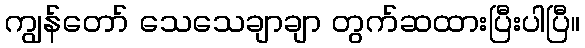
ကျွန်တော် သေသေချာချာ တွက်ဆထားပြီးပါပြီ။